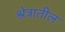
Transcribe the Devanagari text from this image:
श्रेत्रातील